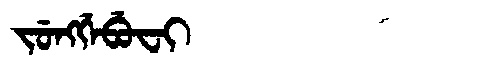
Manchu: ᠵᡠᠩᡤᡝᠪᡠᠸᡳ
Romanization: JUNGGEBUFI